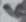
Text: 6